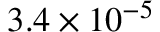
3 . 4 \times 1 0 ^ { - 5 }